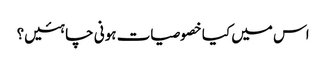
اس میں کیا خصوصیات ہونی چاہئیں؟